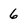
Character: 6